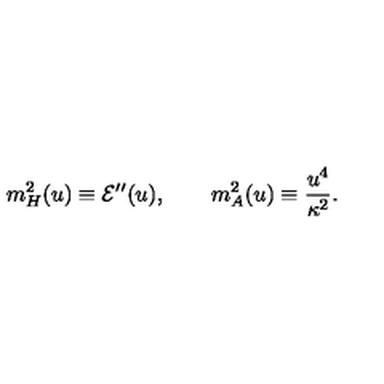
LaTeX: m _ { H } ^ { 2 } ( u ) \equiv { \cal E } ^ { \prime \prime } ( u ) , \qquad m _ { A } ^ { 2 } ( u ) \equiv \frac { u ^ { 4 } } { \kappa ^ { 2 } } .